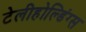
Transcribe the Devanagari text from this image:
टेलीहोल्डिंग्स